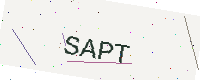
Text: SAPT